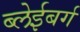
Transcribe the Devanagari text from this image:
ब्लेईबर्ग